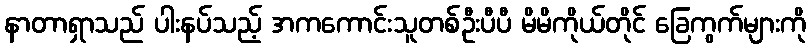
နာတာရှာသည် ပါးနပ်သည့် အကကောင်းသူတစ်ဦးပီပီ မိမိကိုယ်တိုင် ခြေကွက်များကို